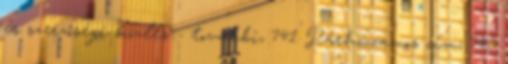
és szerzőségi közlés - további, 741 Párhuzamos cím, 743